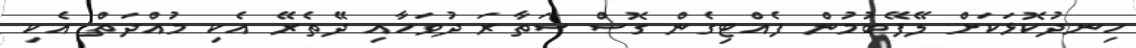
ހިނދުކޮޅަކަށް ލޭފޭބުމުން ފެއްޓިގެން ގޮސް ސަތާރަ ދުވަހާއި ދޭތެރޭ އެކި މުއްދަތް އެކި